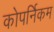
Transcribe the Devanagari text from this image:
कोपर्निकम